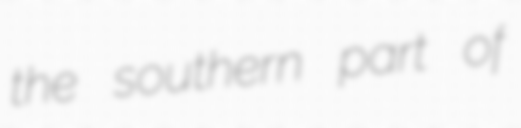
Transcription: the southern part of